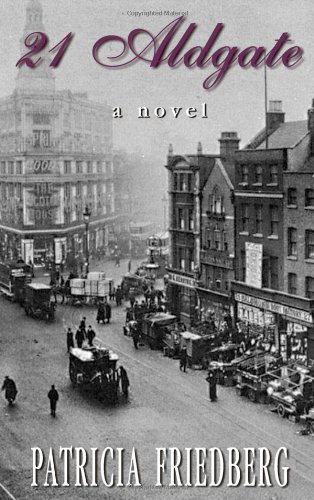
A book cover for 21 Aldgate; Patricia Friedberg; Romance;